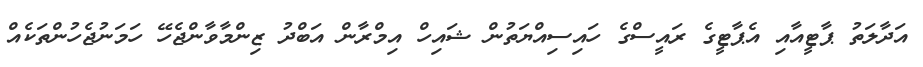
އަދާލަތު ޕާޓީއާއި އެޕާޓީގެ ރައީސްގެ ހައިސިއްޔަތުން ޝައިހް އިމްރާން އަބްދު ޒިންމާވާންޖެހޭ ހަމަނުޖެހުންތަކެއް